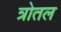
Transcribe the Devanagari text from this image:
त्रोतल